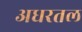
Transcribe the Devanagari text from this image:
अधरतल